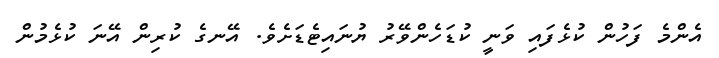
އެންމެ ފަހުން ކުޅެފައި ވަނީ ކުޑަހެންވޭރު ޔުނައިޓެޑަށެވެ. އޭނގެ ކުރިން އޭނަ ކުޅެމުން